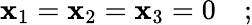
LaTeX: \mathbf{x}_{1}=\mathbf{x}_{2}=\mathbf{x}_{3}=0\quad;